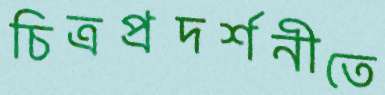
চিত্রপ্রদর্শনীতে